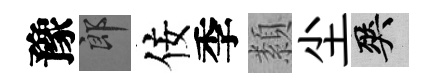
豫郎佞季纇尘爽